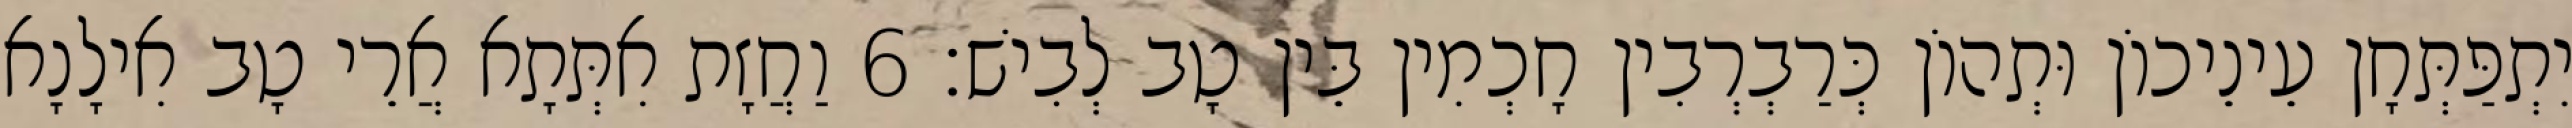
יִתְפַּתְּחָן עֵינֵיכוֹן וּתְהוֹן כְּרַבְרְבִין חָכְמִין בֵּין טָב לְבִישׁ׃ 6 וַחֲזָת אִתְּתָא אֲרֵי טָב אִילָנָא